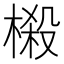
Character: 榝